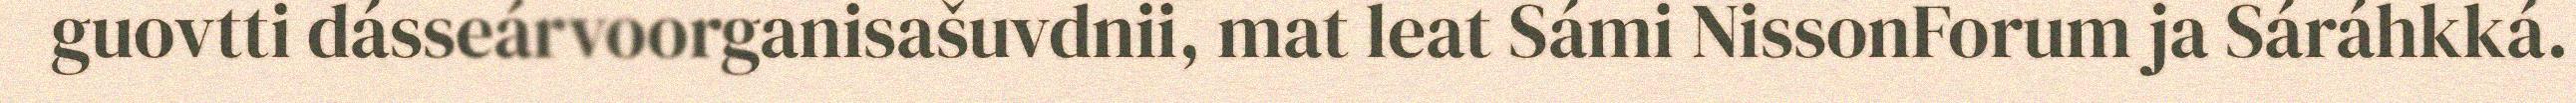
guovtti dásseárvoorganisašuvdnii, mat leat Sámi NissonForum ja Sáráhkká.